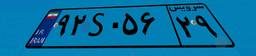
۹۶S۲۳۸۷۱